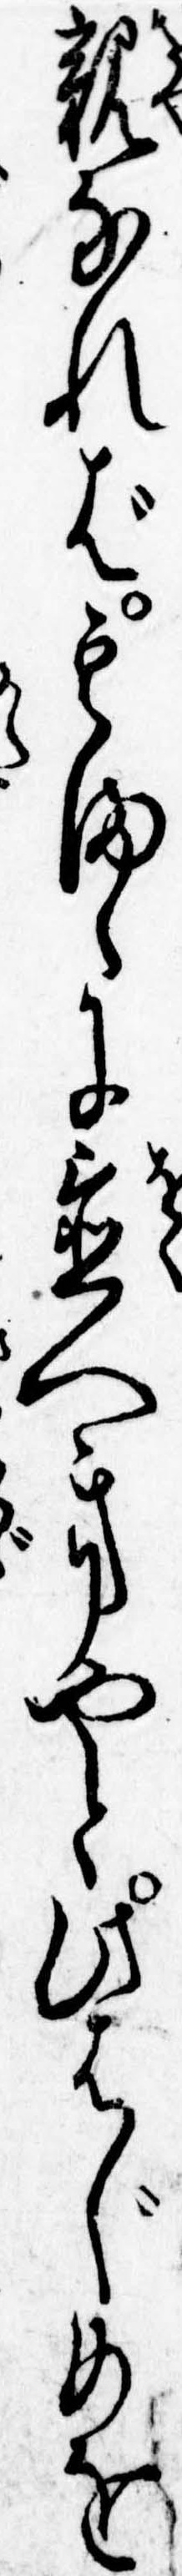
親なれば其まゝに置へきやと此はじめを